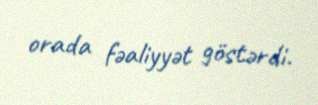
orada fəaliyyət göstərdi.